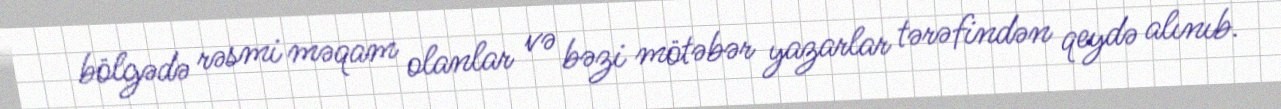
bölgədə rəsmi məqam olanlar və bəzi mötəbər yazarlar tərəfindən qeydə alınıb.